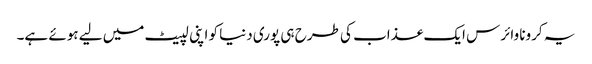
یہ کرونا وائرس ایک عذاب کی طرح ہی پوری دنیا کو اپنی لپیٹ میں لیے ہوئے ہے۔